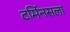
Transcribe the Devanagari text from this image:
टर्मिनसला